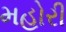
મહોરી